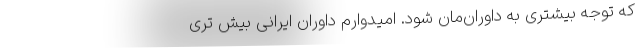
که توجه بیشتری به داوران‌مان شود. امیدوارم داوران ایرانی بیش تری